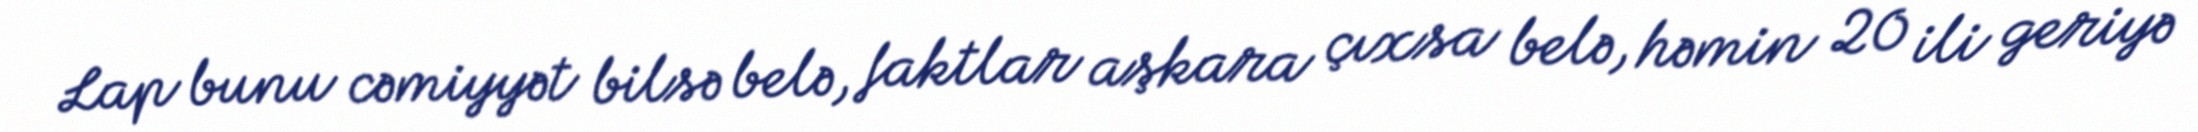
Lap bunu cəmiyyət bilsə belə, faktlar aşkara çıxsa belə, həmin 20 ili geriyə